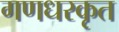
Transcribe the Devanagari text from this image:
गणधरकृत